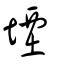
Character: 堙